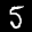
Label: 5